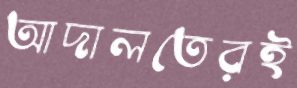
আদালতেরই